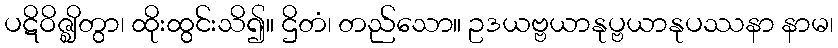
ပဋိဝိဇ္ဈိတွာ၊ ထိုးထွင်းသိ၍။ ဌိတံ၊ တည်သော။ ဥဒယဗ္ဗယာနုပ္ဗယာနုပဿနာ နာမ၊